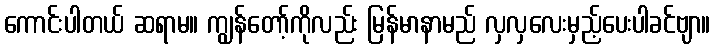
ကောင်းပါတယ် ဆရာမ။ ကျွန်တော့်ကိုလည်း မြန်မာနာမည် လှလှလေးမှည့်ပေးပါခင်ဗျာ။